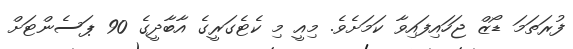
ފުރަތަމަ ޑޯޒް ޖަހައިފައިވާ ކަމަށެވެ. މިއީ މި ކެޓެގަރީގެ އާބާދީގެ 90 ޕަސެންޓަށް